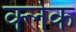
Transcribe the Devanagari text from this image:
र्क्लक